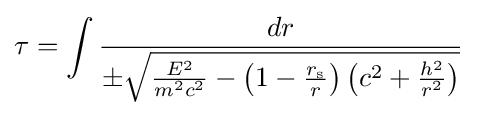
\tau =\int {\frac {dr}{\pm {\sqrt {{\frac {E^{2}}{m^{2}c^{2}}}-\left(1-{\frac {r_{\text{s}}}{r}}\right)\left(c^{2}+{\frac {h^{2}}{r^{2}}}\right)}}}}